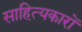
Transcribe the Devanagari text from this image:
साहित्‍यकारों